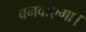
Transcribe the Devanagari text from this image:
बनवाएगा।